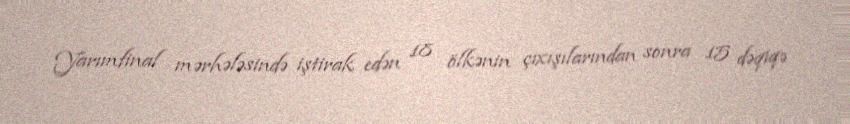
Yarımfinal mərhələsində iştirak edən 18 ölkənin çıxışılarından sonra 15 dəqiqə